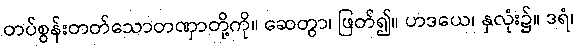
တပ်စွန်းတတ်သောတဏှာတို့ကို။ ဆေတွာ၊ ဖြတ်၍။ ဟဒယေ၊ နှလုံး၌။ ဒရံ၊